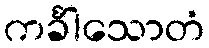
ကင်္ခါသောတံ